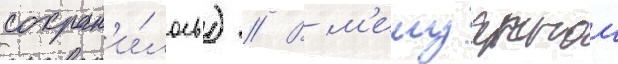
сохран'и́лось) // В м'емуарнои